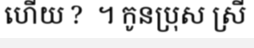
ហើយ ?  ។ កូនប្រុស ស្រី